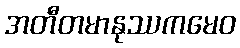
အတီတမာနုဿကမေဝ